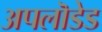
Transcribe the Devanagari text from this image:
अपलॊडेड